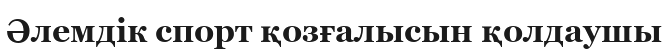
Әлемдік спорт қозғалысын қолдаушы